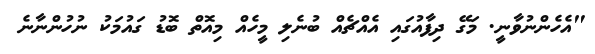
"އެހެންނުވާނީ. މަގޭ ދިފާއުގައި އެއްޗެއް ބުނެލި މީހެއް މިއޮތް ބޮޑު ގައުމަކު ނުހުންނާނެ